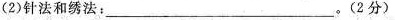
2)针法和绣法:_____。(2分)